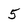
Character: 5